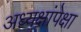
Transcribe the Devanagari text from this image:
अध्यक्षांपेक्षा